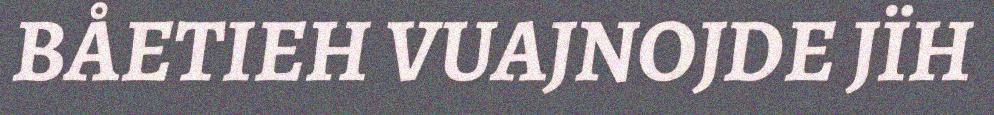
BÅETIEH VUAJNOJDE JÏH